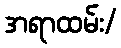
အရာထမ်း/